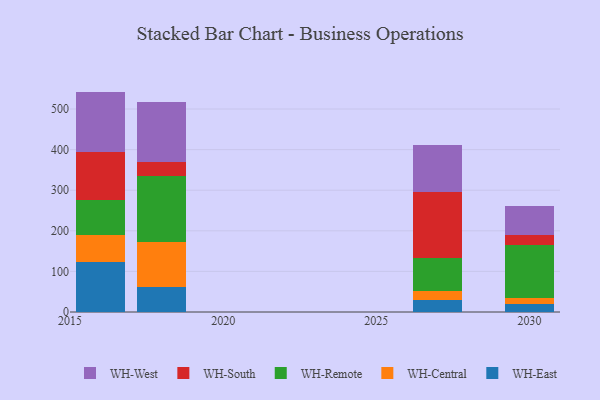
{"axis": {"x": "Year", "y": "Market Share (%)"}, "legend": ["WH-Central", "WH-East", "WH-Remote", "WH-South", "WH-West"], "data": [{"x": "2030", "y": 20.8, "type": "WH-East"}, {"x": "2030", "y": 14.0, "type": "WH-Central"}, {"x": "2030", "y": 129.8, "type": "WH-Remote"}, {"x": "2030", "y": 25.3, "type": "WH-South"}, {"x": "2030", "y": 71.4, "type": "WH-West"}, {"x": "2018", "y": 60.7, "type": "WH-East"}, {"x": "2018", "y": 110.8, "type": "WH-Central"}, {"x": "2018", "y": 163.7, "type": "WH-Remote"}, {"x": "2018", "y": 35.3, "type": "WH-South"}, {"x": "2018", "y": 147.5, "type": "WH-West"}, {"x": "2016", "y": 122.7, "type": "WH-East"}, {"x": "2016", "y": 65.8, "type": "WH-Central"}, {"x": "2016", "y": 86.8, "type": "WH-Remote"}, {"x": "2016", "y": 119.2, "type": "WH-South"}, {"x": "2016", "y": 148.4, "type": "WH-West"}, {"x": "2027", "y": 30.1, "type": "WH-East"}, {"x": "2027", "y": 22.4, "type": "WH-Central"}, {"x": "2027", "y": 80.3, "type": "WH-Remote"}, {"x": "2027", "y": 163.1, "type": "WH-South"}, {"x": "2027", "y": 115.1, "type": "WH-West"}]}